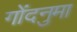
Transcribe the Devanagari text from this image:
गोंदनुमा